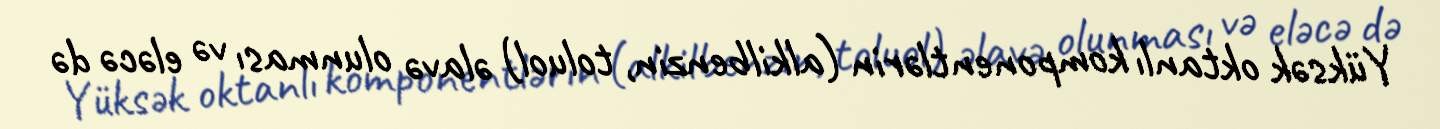
Yüksək oktanlı komponentlərin (alkilbenzin, toluol) əlavə olunması və eləcə də